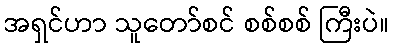
အရှင်ဟာ သူတော်စင် စစ်စစ် ကြီးပဲ။